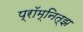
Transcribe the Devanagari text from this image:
प्रॉम्नित्झ